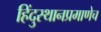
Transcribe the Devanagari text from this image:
हिंदुस्थानप्रमाणेच